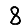
Digit: 8